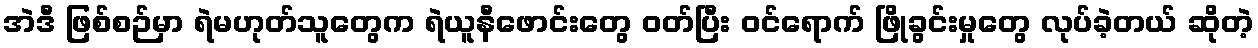
အဲဒီ ဖြစ်စဉ်မှာ ရဲမဟုတ်သူတွေက ရဲယူနီဖောင်းတွေ ဝတ်ပြီး ဝင်ရောက် ဖြိုခွင်းမှုတွေ လုပ်ခဲ့တယ် ဆိုတဲ့